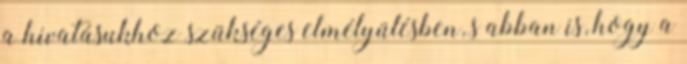
a hivatásukhoz szükséges elmélyülésben, s abban is, hogy a